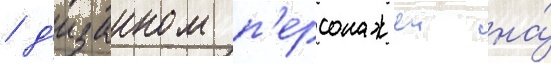
/ д'изаином п'ерсонажеи на́